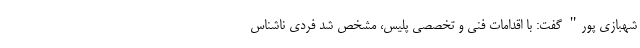
شهبازی پور" گفت: با اقدامات فنی و تخصصی پلیس، مشخص شد فردی ناشناس